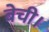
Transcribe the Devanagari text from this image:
बेची।